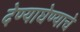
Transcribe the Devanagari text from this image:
देण्याघेण्याचे